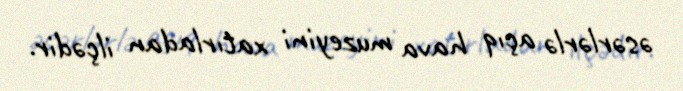
əsərlərlə açıq hava muzeyini xatırladan ilçədir.